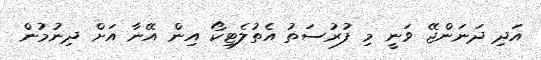
އަދި ދަނަންޖޭ ވަނީ މި ފުރުސަތު އެތުލެޓިކޯ އިން އޭނާ އަށް ދިނުމުން